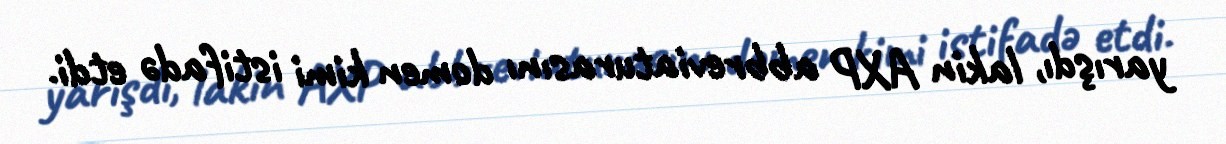
yarışdı, lakin AXP abbreviaturasını domen kimi istifadə etdi.